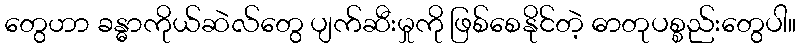
တွေဟာ ခန္ဓာကိုယ်ဆဲလ်တွေ ပျက်ဆီးမှုကို ဖြစ်စေနိုင်တဲ့ ဓာတုပစ္စည်းတွေပါ။